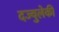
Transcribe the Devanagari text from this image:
दज्युलेकी